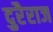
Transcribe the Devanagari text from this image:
दुरैराज